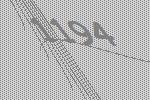
1194